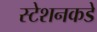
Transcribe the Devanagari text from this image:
स्टेशनकडे